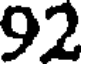
92